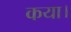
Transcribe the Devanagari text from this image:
कया।